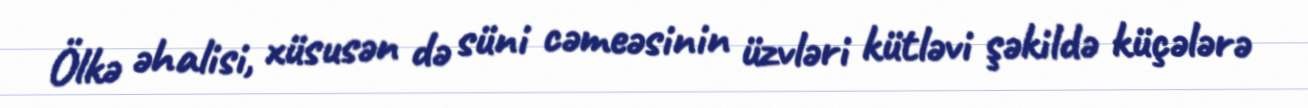
Ölkə əhalisi, xüsusən də süni cəmeəsinin üzvləri kütləvi şəkildə küçələrə